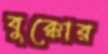
বুক্কোর